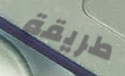
طريقة